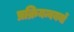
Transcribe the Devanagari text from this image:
प्रक्रियन्वयनों